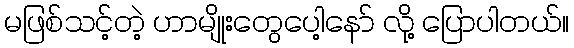
မဖြစ်သင့်တဲ့ ဟာမျိုးတွေပေါ့နော် လို့ ပြောပါတယ်။